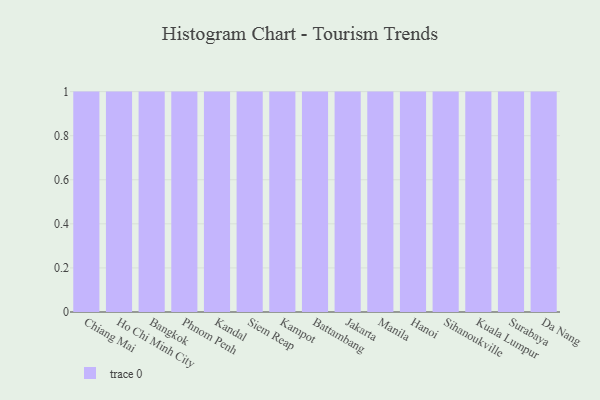
{"axis": {"x": "City", "y": "Net Income (USD K)"}, "legend": [""], "data": [{"x": "Chiang Mai", "y": 85, "type": ""}, {"x": "Ho Chi Minh City", "y": 12, "type": ""}, {"x": "Bangkok", "y": 59, "type": ""}, {"x": "Phnom Penh", "y": 16, "type": ""}, {"x": "Kandal", "y": 89, "type": ""}, {"x": "Siem Reap", "y": 23, "type": ""}, {"x": "Kampot", "y": 46, "type": ""}, {"x": "Battambang", "y": 25, "type": ""}, {"x": "Jakarta", "y": 70, "type": ""}, {"x": "Manila", "y": 24, "type": ""}, {"x": "Hanoi", "y": 53, "type": ""}, {"x": "Sihanoukville", "y": 47, "type": ""}, {"x": "Kuala Lumpur", "y": 48, "type": ""}, {"x": "Surabaya", "y": 78, "type": ""}, {"x": "Da Nang", "y": 69, "type": ""}]}